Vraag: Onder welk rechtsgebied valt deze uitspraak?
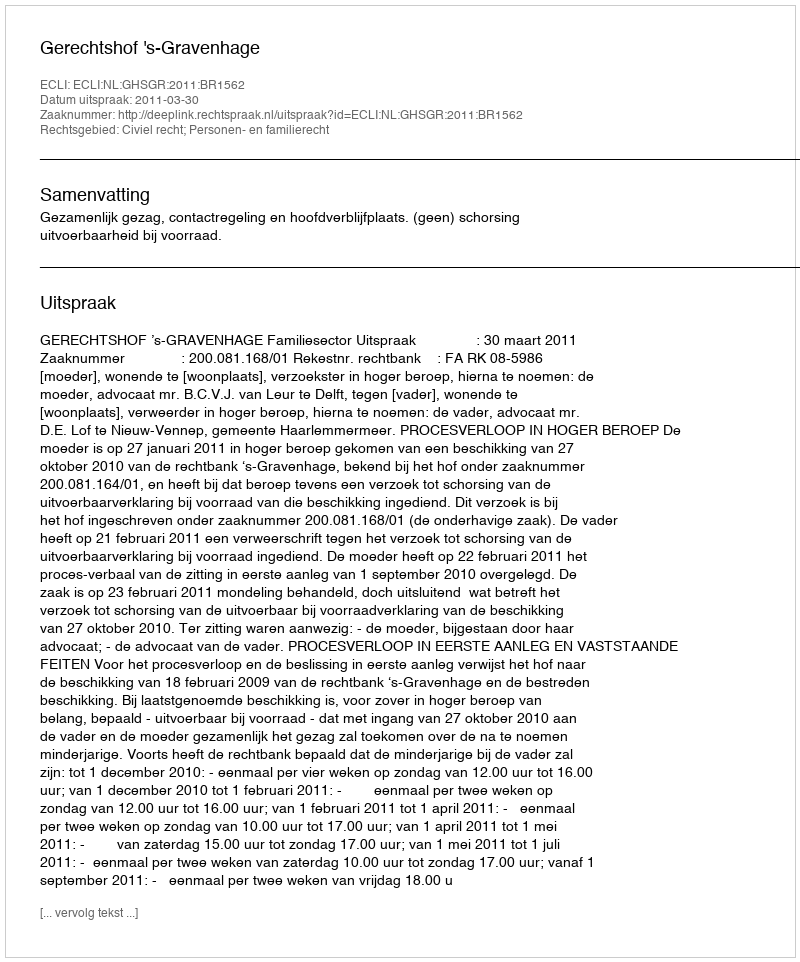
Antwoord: Civiel recht; Personen- en familierecht